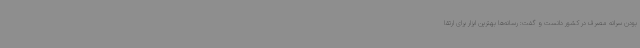
بودن سرانه مصرف در کشور دانست و گفت: رسانه‌ها بهترین ابزار برای ارتقا